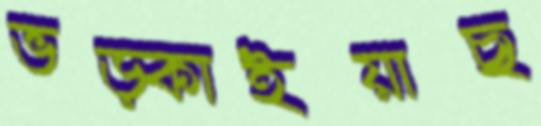
ভড়্‌কাইয়াছ